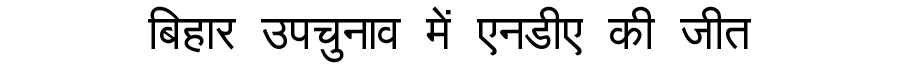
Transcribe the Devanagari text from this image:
बिहार उपचुनाव में एनडीए की जीत